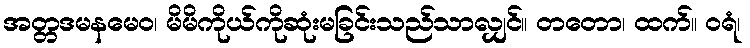
အတ္တဒမနမေဝ၊ မိမိကိုယ်ကိုဆုံးမခြင်းသည်သာလျှင်။ တတော၊ ထက်။ ဝရံ၊